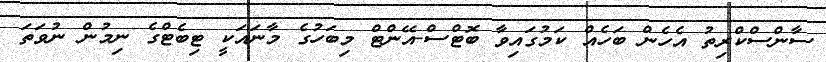
ސާންސްކްރިތު އެހެން ބަހެއް ކަމުގައިވާ ބޮޓްސް-އޭންޓް މިބަހުގެ މާނައަކީ ޓިބެޓްގެ ނިމުން ނުވަތަ